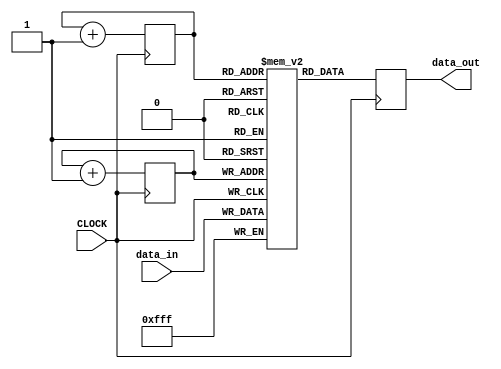
`timescale 1ns / 1ps
//////////////////////////////////////////////////////////////////////////////////
// AY1718 Sem 1 EE2020 Project
// Project Name: Audio Effects
// Module Name: AUDIO_FX_TOP
// Team No.: Wednesday Group 06
// Student Names: Gao Qikai, Li Jiawei
// Matric No.: A0177350E, A0177400M
// Description: Delay module, create an output of delayed input
// 
// Work Distribution:
//////////////////////////////////////////////////////////////////////////////////

module Delay(
    input CLOCK,                  // clock source is 20kHz
    input [11:0] data_in,
    output reg [11:0] data_out
    );
    reg [11:0] memory [0:32767];  // 2D array as buffer
    reg [14:0] i = 0;             // writing position
    reg [14:0] j = 12768;             // reading position
    always @ (posedge CLOCK) begin
        memory[i] <= data_in;
        i <= i + 1;
        j <= j + 1;
        data_out <= memory[j];    // delay is (32767 + 1) - 12768 = 20000 periods, 1s
    end
endmodule